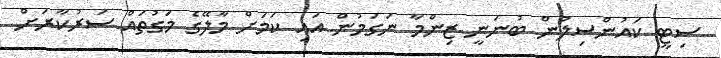
ސިޓީ ކައުންސިލުން ބުނަނީ ޒިންމާ ނަގަމުން އައި ކަމަށް މާލޭގެ މަގުތައް ސަރުކާރަށް